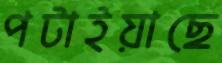
পটাইয়াছে